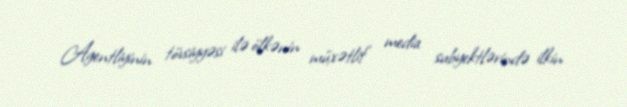
Agentliyinin tövsiyyəsi ilə ölkənin müxətlif media subyektlərində ilkin